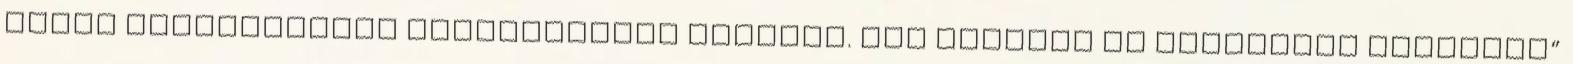
annak közzétételét etikátlannak nevezte. mti „Terjed az unortodox politika”